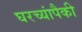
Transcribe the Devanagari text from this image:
घरच्यांपैकी